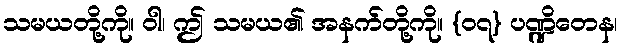
သမယတို့ကို။ ဝါ၊ ဤ သမယ၏ အနက်တို့ကို။ {၀၇} ပဏ္ဍိတေန၊